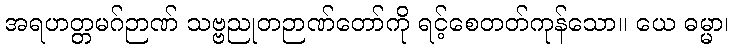
အရဟတ္တမဂ်ဉာဏ် သဗ္ဗညုတဉာဏ်တော်ကို ရင့်စေတတ်ကုန်သော။ ယေ ဓမ္မာ၊